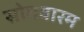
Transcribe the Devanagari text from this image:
सोमवारम